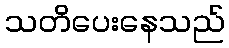
သတိပေးနေသည်